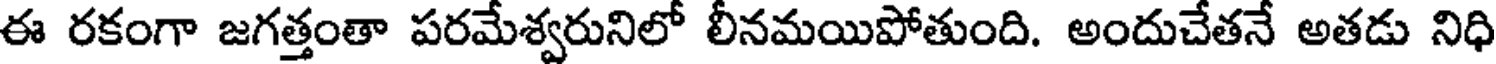
ఈ రకంగా జగత్తంతా పరమేశ్వరునిలో లీనమయిపోతుంది. అందుచేతనే అతడు నిధి